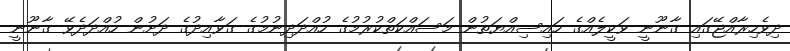
ދިވެހިރާއްޖޭގައި ގާނޫނީ ވަކީލެއްގެ ހައިސިއްޔަތުން މަސައްކަތްކުރުމުގެ ހުއްދަދިނުމުގެ ގަވާއިދުގެ ދަށުން ހުއްދަދެވޭ ގާނޫނީ